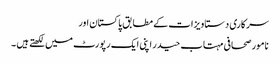
سرکاری دستاویزات کے مطابق پاکستان اور
نامور صحافی مہتاب حیدر اپنی ایک رپورٹ میں لکھتے ہیں ۔